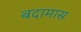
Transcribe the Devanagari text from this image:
बदामास